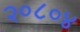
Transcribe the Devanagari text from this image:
२०८०४